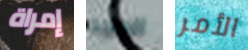
إمراة المجد الأمر